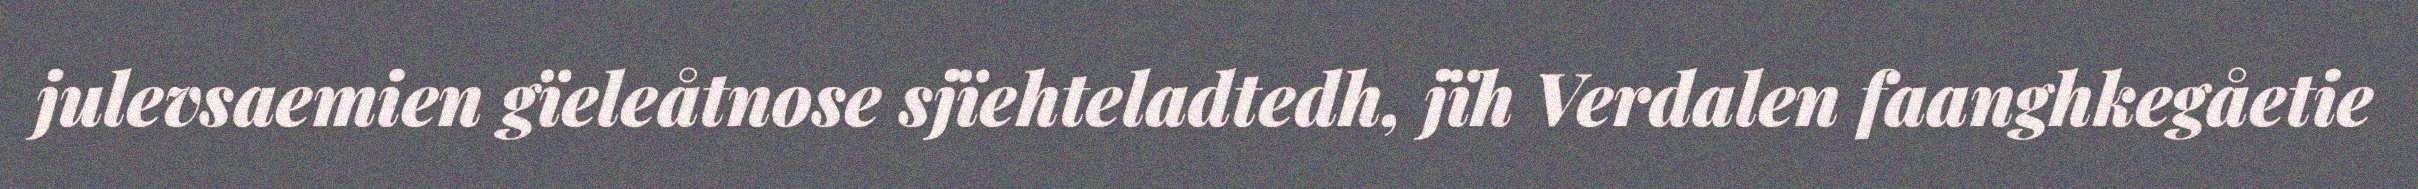
julevsaemien gïeleåtnose sjïehteladtedh, jïh Verdalen faanghkegåetie